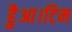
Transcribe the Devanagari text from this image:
हैुआ।टिम